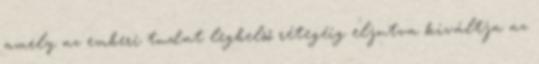
amely az emberi tudat legbelső rétegéig eljutva kiváltja az